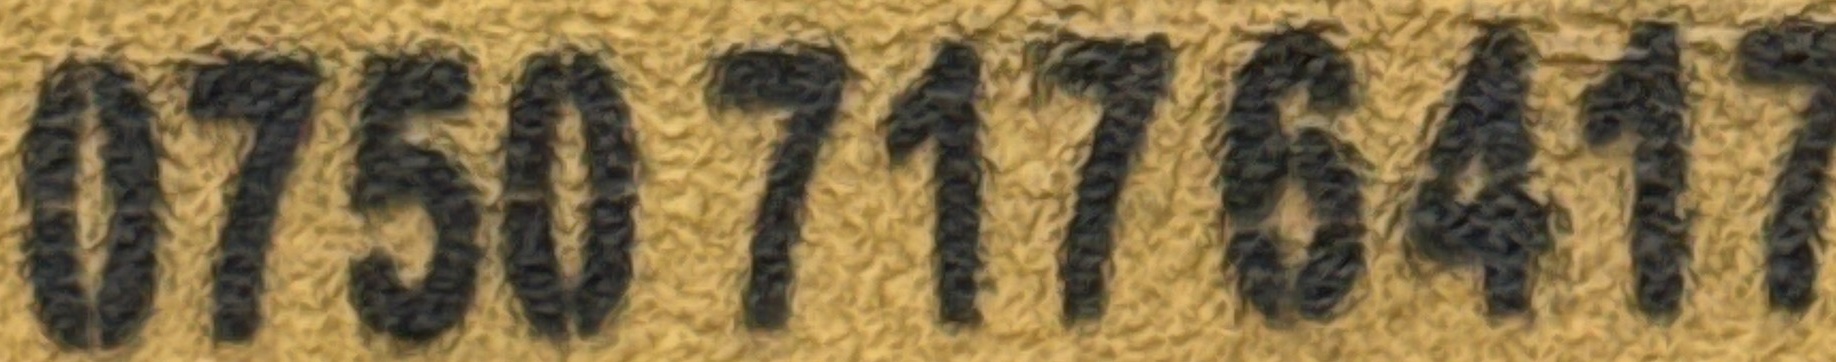
0750 717 6417